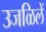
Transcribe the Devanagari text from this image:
उजळिलें